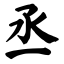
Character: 丞